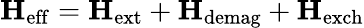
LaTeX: \mathbf{H}_{\mathrm{eff}}=\mathbf{H}_{\mathrm{ext}}+\mathbf{H}_{\mathrm{demag}}+\mathbf{H}_{\mathrm{exch}}